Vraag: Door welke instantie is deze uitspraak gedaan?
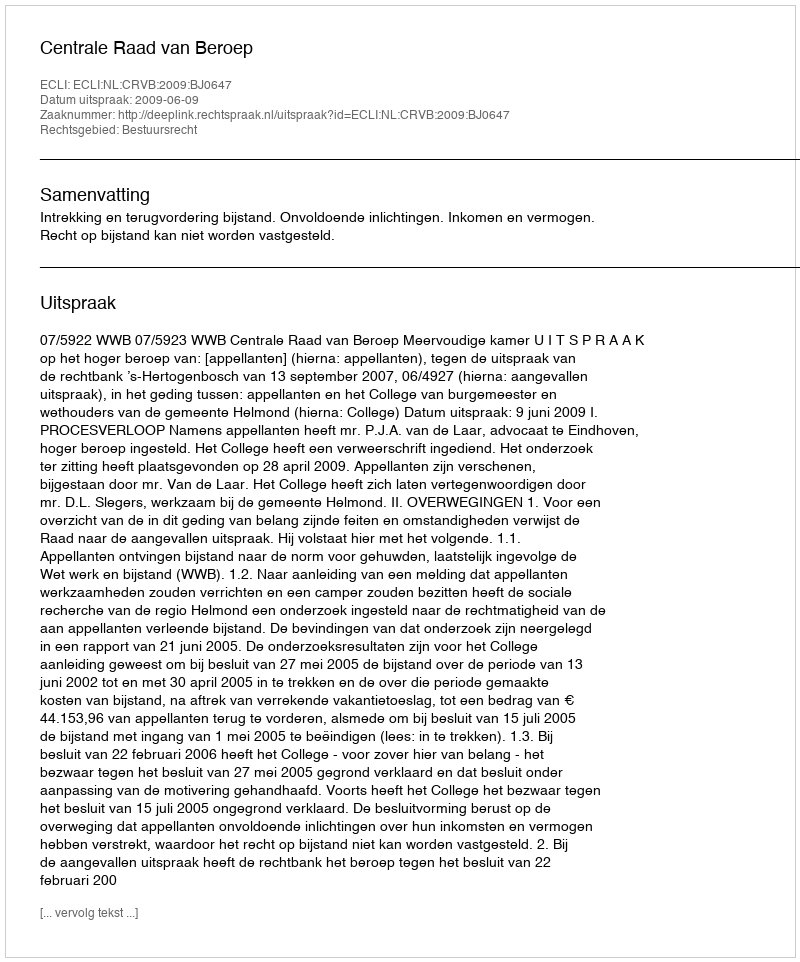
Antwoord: Centrale Raad van Beroep